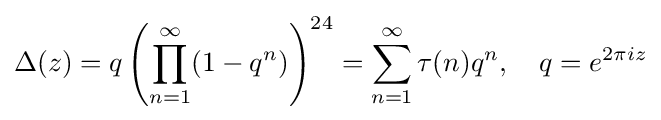
\Delta (z)=q\left(\prod _{n=1}^{\infty }(1-q^{n})\right)^{24}=\sum _{n=1}^{\infty }\tau (n)q^{n},\quad q=e^{2\pi iz}